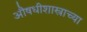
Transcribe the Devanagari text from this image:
औषधीशास्त्राच्या